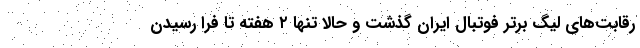
رقابت‌های لیگ برتر فوتبال ایران گذشت و حالا تنها ۲ هفته تا فرا رسیدن